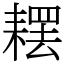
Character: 䎬